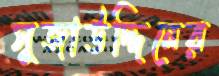
সুজাউদ্দিনের